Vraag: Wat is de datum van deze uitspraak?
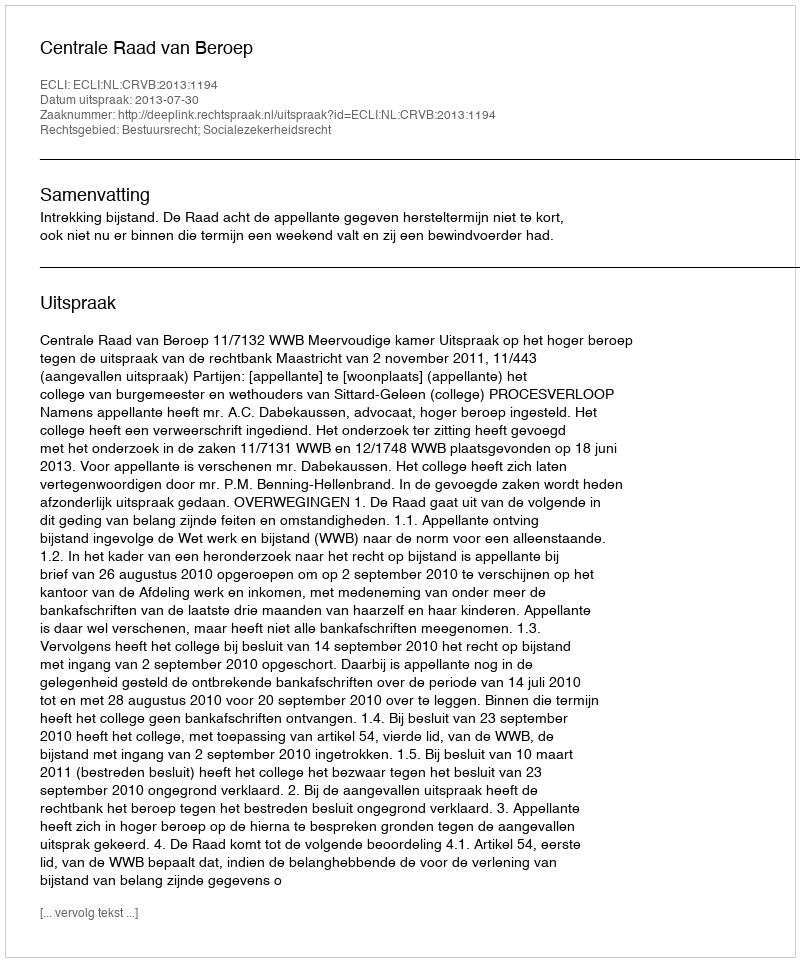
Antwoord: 2013-07-30